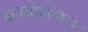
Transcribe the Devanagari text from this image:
कास्मोग्राफिया